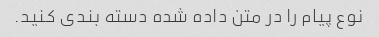
نوع پیام را در متن داده شده دسته بندی کنید.